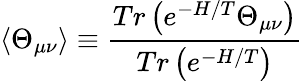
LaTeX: \langle\Theta_{\mu\nu}\rangle\equiv\frac{Tr\left(e^{-H/T}\Theta_{\mu\nu}\right)}{Tr\left(e^{-H/T}\right)}